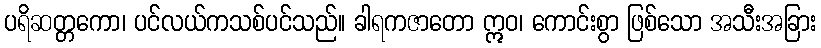
ပရိဆတ္တကော၊ ပင်လယ်ကသစ်ပင်သည်။ ခါရကဇာတော ဣဝ၊ ကောင်းစွာ ဖြစ်သော အသီးအခြား